Civil Veterinary Department. Madras. Admin. report 1926-33 - 1926-1933
Year: 1926
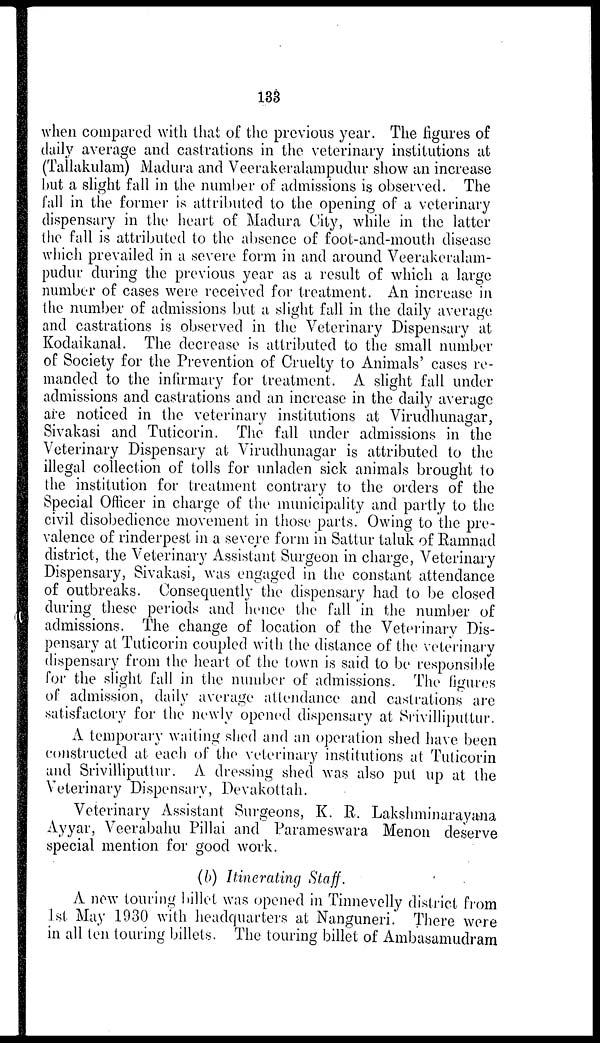
133
when compared with that of the previous year. The figures of
daily average and castrations in the veterinary institutions at
(Tallakulam) Madura and Veerakeralampudur show an increase
but a slight fall in the number of admissions is observed. The
fall in the former is attributed to the opening of a veterinary
dispensary in the heart of Madura City, while in the latter
the fall is attributed to the absence of foot-and-mouth disease
which prevailed in a severe form in and around Veerakeralam-
pudur during the previous year as a result of which a large
number of cases were received for treatment. An increase in
the number of admissions but a slight fall in the daily average
and castrations is observed in the Veterinary Dispensary at
Kodaikanal. The decrease is attributed to the small number
of Society for the Prevention of Cruelty to Animals' cases re-
manded to the infirmary for treatment. A slight fall under
admissions and castrations and an increase in the daily average
are noticed in the veterinary institutions at Virudhunagar,
Sivakasi and Tuticorin. The fall under admissions in the
Veterinary Dispensary at Virudhunagar is attributed to the
illegal collection of tolls for unladen sick animals brought to
the institution for treatment contrary to the orders of the
Special Officer in charge of the municipality and partly to the
civil disobedience movement in those parts. Owing to the pre-
valence of rinderpest in a severe form in Sattur taluk of Ramnad
district, the Veterinary Assistant Surgeon in charge, Veterinary
Dispensary, Sivakasi, was engaged in the constant attendance
of outbreaks. Consequently the dispensary had to be closed
during these periods and hence the fall in the number of
admissions. The change of location of the Veterinary Dis-
pensary at Tuticorin coupled with the distance of the veterinary
dispensary from the heart of the town is said to be responsible
for the slight fall in the number of admissions. The figures
of admission, daily average attendance and castrations are
satisfactory for the newly opened dispensary at Srivilliputtur.
A temporary waiting shed and an operation shed have been
constructed at each of the veterinary institutions at Tuticorin
and Srivilliputtur. A dressing shed was also put up at the
Veterinary Dispensary, Devakottah.
Veterinary Assistant Surgeons, K. R. Lakshminarayana
Ayyar, Veerabahu Pillai and Parameswara Menon deserve
special mention for good work.
(b) Itinerating Staff.
A new touring billet was opened in Tinnevelly district from
1st May 1930 with headquarters at Nanguneri. There were
in all ten touring billets. The touring billet of Ambasamudram